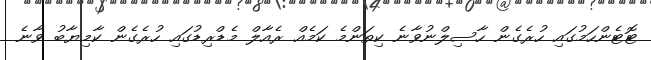
ޓޮޓެންހަމުގައި ހުރެގެން ހާސިލްނުވާނެ ކިތަންމެ ކަމެއް ރެއާލް މެޑްރިޑުގައި ހުރެގެން ކާމިޔާބު ވާނެ